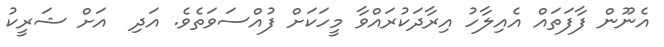
އެނޫން ފާފަތައް އެއިލާހު އިރާދަކުރައްވާ މީހަކަށް ފުއްސަވަތެވެ. އަދި  އަށް ޝަރީކު